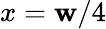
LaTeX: x=\mathbf{w}/4